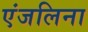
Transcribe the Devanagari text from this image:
एंजलिना